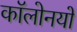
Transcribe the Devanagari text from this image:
कॉलोनयों